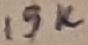
Text: 15K